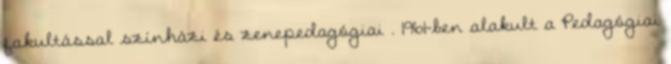
fakultással színházi és zenepedagógiai . 1961-ben alakult a Pedagógiai